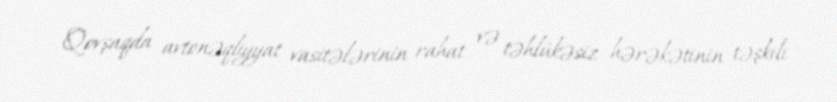
Qovşaqda avtonəqliyyat vasitələrinin rahat və təhlükəsiz hərəkətinin təşkili